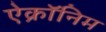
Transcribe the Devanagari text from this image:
ऐक्रॉनिम